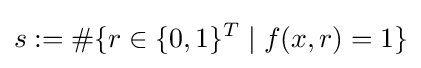
s:=\#\{r\in \{0,1\}^{T}\mid f(x,r)=1\}